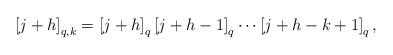
LaTeX: \begin{align*}\left[j+h\right]_{q,k}=\left[j+h\right]_{q}\left[j+h-1\right]_{q}\cdots\left[j+h-k+1\right]_{q},\end{align*}